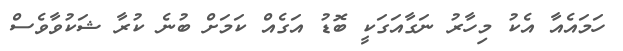
ހަމައެއާ އެކު މިހާރު ނަގާއަގަކީ ބޮޑު އަގެއް ކަމަށް ބުނެ ކުރާ ޝަކުވާވެސް